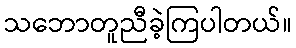
သဘောတူညီခဲ့ကြပါတယ်။